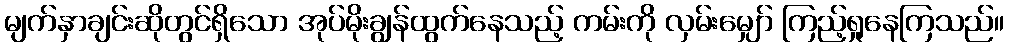
မျက်နှာချင်းဆိုတွင်ရှိသော အုပ်မိုးချွန်ထွက်နေသည့် ကမ်းကို လှမ်းမျှော် ကြည့်ရှုနေကြသည်။